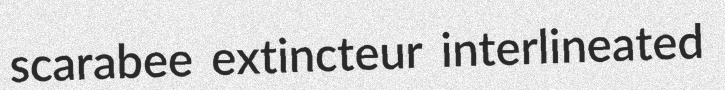
scarabee extincteur interlineated